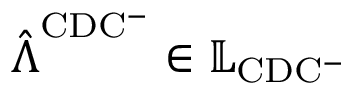
\hat { \boldsymbol { \Lambda } } ^ { \mathrm { C D C ^ { - } } } \in \mathbb { L } _ { \mathrm { C D C ^ { - } } }